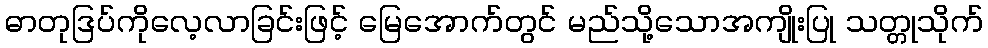
ဓာတုဒြပ်ကိုလေ့လာခြင်းဖြင့် မြေအောက်တွင် မည်သို့သောအကျိုးပြု သတ္တုသိုက်